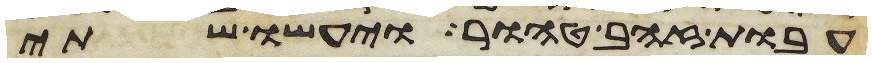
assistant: עבות זהב טהור ויעשו שתי